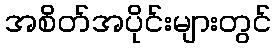
အစိတ်အပိုင်းများတွင်